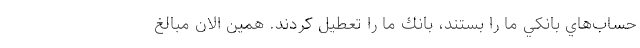
حساب‌هاي بانكي ما را بستند، بانك ما را تعطيل كردند. همين الان مبالغ